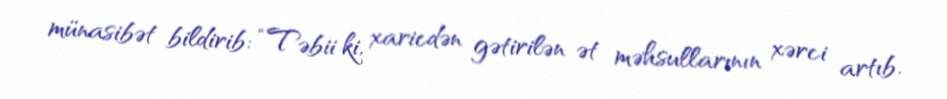
münasibət bildirib: “Təbii ki, xaricdən gətirilən ət məhsullarının xərci artıb.